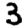
Digit: 3